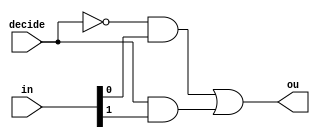
`timescale 1ns / 1ps
//////////////////////////////////////////////////////////////////////////////////
// Company: 
// Engineer: 
// 
// Design Name: 
// Module Name: Multiplexer_2_1
// Project Name: 
// Target Devices: 
// Tool Versions: 
// Description: 
// 
// Dependencies: 
// 
// Revision:
// Revision 0.01 - File Created
// Additional Comments:
// 
//////////////////////////////////////////////////////////////////////////////////


module Multiplexer_2_1(
    output ou,
    input decide,
    input [1:0] in
    );
    
    /*
    in the 2:1 MUX we only use 
     - decide[0]: to select which input gets routed to output
     - in[1:0]: for the two inputs
     - ou: signal on the board
    */
    
    wire ac, bc, notC;
    // Decoder dec(ou, decide, in);
    // Multiplexer_4_1 mux4(ou, decide, in);
    
    not notc (notC, decide);
    and a_nc (ac, notC, in[0]);
    and b_c (bc, decide, in[1]);
    
    or final_or (ou, ac, bc);
    
endmodule